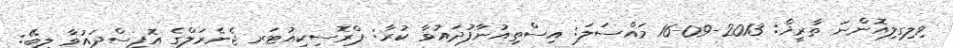
ވިލިގިލިއޮންނަ ތާރީޚް: 2013-09-16 މައްސަލަ: އިސްތިއުނާފުދައުވާ ކުރާ: ޕްރޮސިކިއުޓަރ ޖެނެރަލްގެ އޮފީސްދައުވާ ލިބޭ: